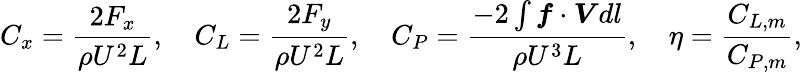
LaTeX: C_{x}=\frac{2F_{x}}{\rho U^{2}L},\quad C_{L}=\frac{2F_{y}}{\rho U^{2}L},\quad C_{P}=\frac{-2\int\boldsymbol{f}\cdot\boldsymbol{V}dl}{\rho U^{3}L},\quad\eta=\frac{C_{L,m}}{C_{P,m}},